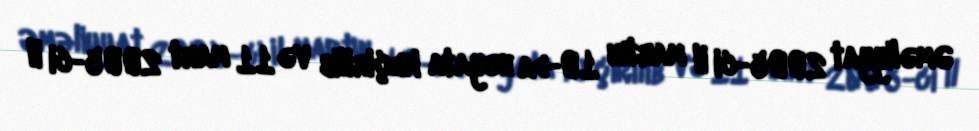
Əməliyyat 2005-ci il martın 10-da həyata keçirilib və 11 mart 2005-ci il